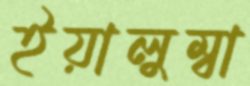
ইয়ালুম্বা